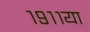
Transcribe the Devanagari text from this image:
१९११या